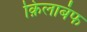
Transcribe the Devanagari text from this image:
क़िलाबंफ